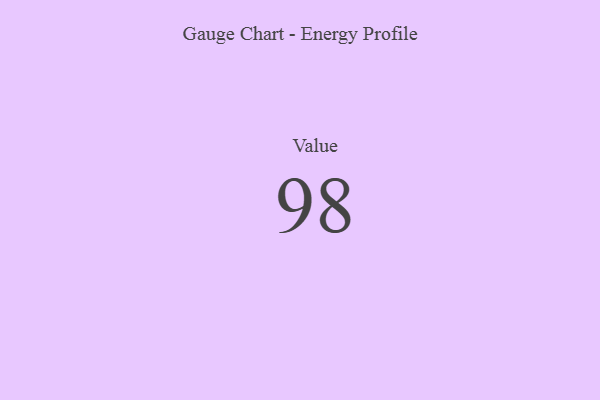
{"axis": {"x": "Metric", "y": "Value"}, "legend": [""], "data": [{"x": "Value", "y": 98, "type": ""}]}